Eesti_Ajutise_Maavalitsuse_haridusosakond, lk 51
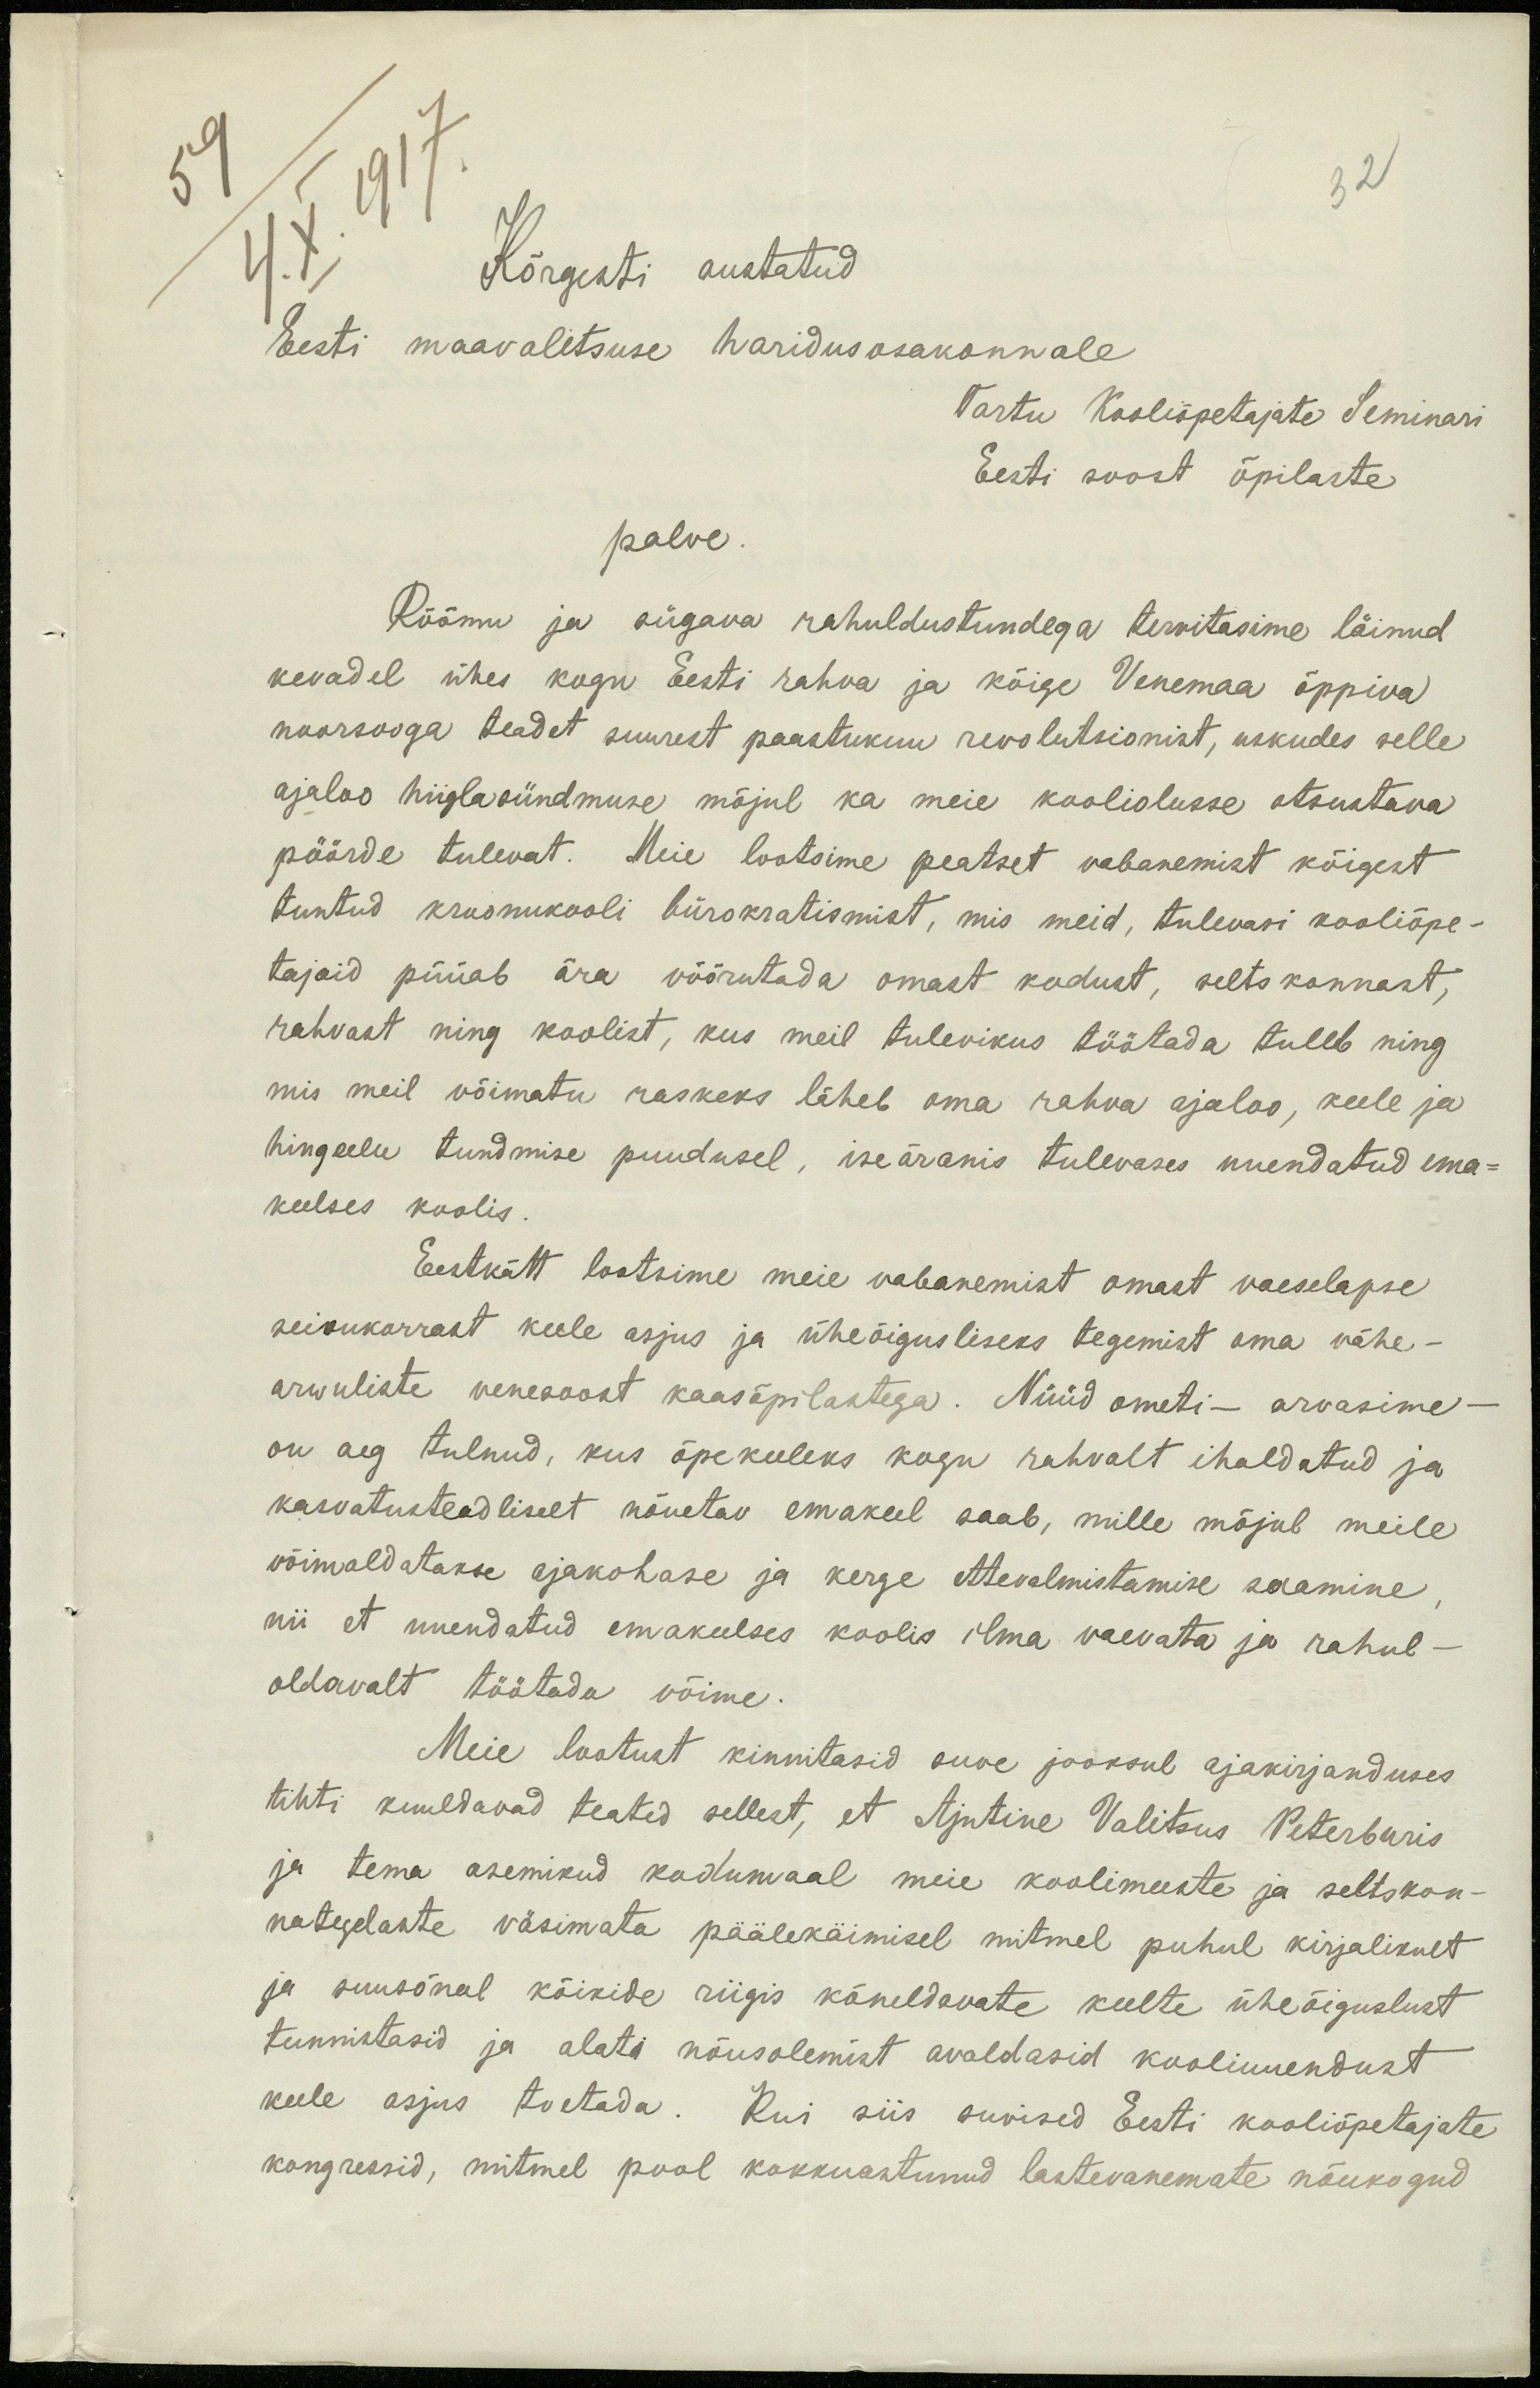
59
4. X. 1917.
32
Kõrgesti austatud
Eesti maavalitsuse haridusosakonnale
Tartu Kooliõpetajate Seminari
Eesti soost õpilaste
palve.
Rõõmu ja sügava rahuldustundega tervitasime läinud
kevadel ühes kogu Eesti rahva ja kõige Venemaa õppiva
noorsooga teadet suurest paastukuu revolutsionist, uskudes selle
ajaloo hiiglasündmuse mõjul ka meie kooliolusse otsustava
pöörde tulevat. Meie lootsime peatset vabanemist kõigest
tuntud kroonukooli bürokratismist, mis meid, tulevasi kooliõpe-
tajaid püüab ära võõrutada omast kodust, seltskonnast,
rahvast ning koolist, kus meil tulevikus töötada tuleb ning
mis meil võimatu raskeks läheb oma rahva ajaloo, keele ja
hingeelu tundmise puudusel, iseäranis tulevases uuendatud ema-
keelses koolis
Eestkätt lootsime meie vabanemist omast vaeselapse
seisukorrast keele asjus ja üheõigusliseks tegemist oma vähe-
arwuliste venesoost kaasõpilastega. Nüüd ometi - arvasime
on aeg tulnud, kus õpekeeleks kogu rahvalt ihaldatud ja
kasvatusteadliselt nõuetav emakeel saab, mille mõjul meile
võimaldatakse ajakohase ja kerge ettevalmistamise saamine
nii et uuendatud emakeelses koolis ilma vaevata ja rahul-
oldavalt töötada võime.
Meie lootust kinnitasid suve jooksul ajakirjanduses
tihti kuuldavad teated sellest, et Ajutine Valitsus Peterburis
ja tema asemikud kodumaal meie koolimeeste ja seltskon-
nategelaste väsimata päälekäimisel mitmel puhul kirjalikult
ja suusõnal kõikide riigis kõneldavate keelte üheõiguslust
tunnistasid ja alati nõusolemist avaldasid kooliuuendust
keele asjus toetada. Kui siis suvised Eesti kooliõpetajate
kongressid, mitmel pool kokkuastunud lastevanemate nõukogud